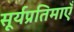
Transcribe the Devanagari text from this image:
सूर्यप्रतिमाएँ